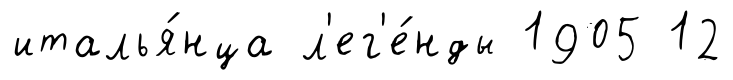
италья́нца л'ег'е́нды 1905 12